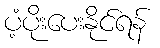
ပံ့ပိုးပေးနိုင်ရန်